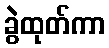
ခွဲထုတ်ကာ